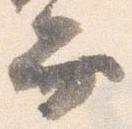
弁